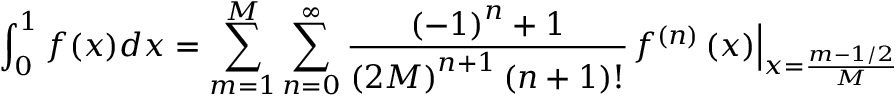
\int _ { 0 } ^ { 1 } { f ( x ) d x } = \sum _ { m = 1 } ^ { M } { \sum _ { n = 0 } ^ { \infty } { { \frac { { { \left( { - 1 } \right) } ^ { n } } + 1 } { { { \left( { 2 M } \right) } ^ { n + 1 } } \left( { n + 1 } \right) ! } } { { \left. { { f ^ { \left( n \right) } } \left( x \right) } \right| } _ { x = { \frac { m - 1 / 2 } { M } } } } } }